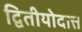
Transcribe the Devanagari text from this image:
द्वितीयोदात्त